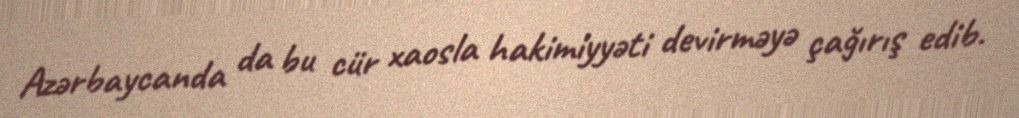
Azərbaycanda da bu cür xaosla hakimiyyəti devirməyə çağırış edib.